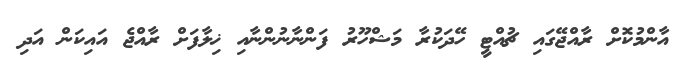
އާންމުކޮށް ރާއްޖޭގައި ޗުއްޓީ ހޭދަކުރާ މަޝްހޫރު ފަންނާނުންނާއި ޚިލާފަށް ރާއްޖެ އައިކަން އަދި